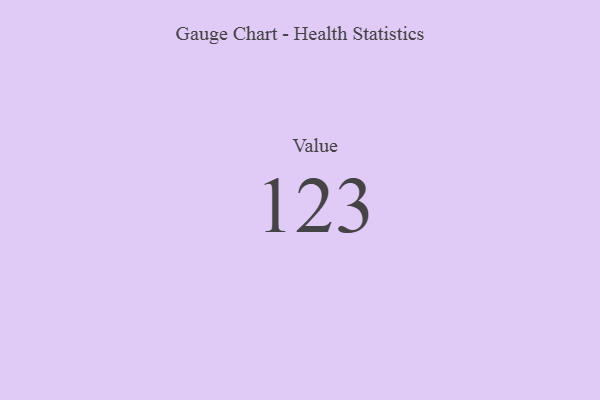
{"axis": {"x": "Metric", "y": "Value"}, "legend": [""], "data": [{"x": "Value", "y": 123, "type": ""}]}